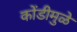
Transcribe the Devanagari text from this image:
कोंडीमुळे